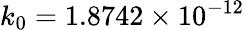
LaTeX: k_{0}=1.8742\times 10^{-12}